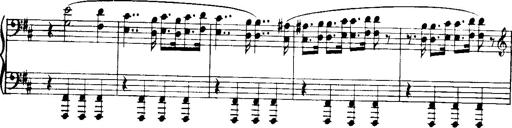
Title: Historische ungarische Bildnisse
Composer: Franz Liszt